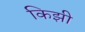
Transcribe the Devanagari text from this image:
किझी